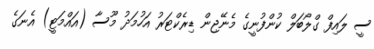
ސީ ލައިފް ގްލޯބަލް ކުންފުނީގެ މެނޭޖިން ޑިރެކްޓަރު އަހުމަދު މޫސާ (އައްމަޓީ) އެނަގެ